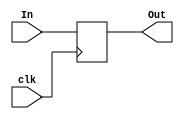
module Buffer_Register(
    input [31:0] In,
    input clk,
    output reg [31:0] Out
);

    reg [31:0] Register;
    initial begin
        Register = 0;
    end
    

    always @(posedge clk) begin
        Register <= In;
    end

    always @(*) begin
        Out <= Register;
    end

endmodule